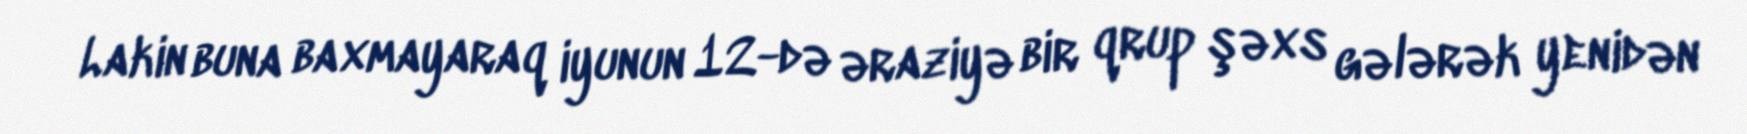
Lakin buna baxmayaraq iyunun 12-də əraziyə bir qrup şəxs gələrək yenidən